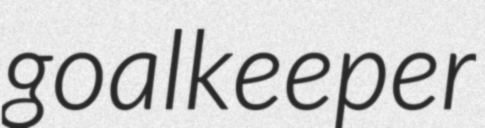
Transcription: goalkeeper